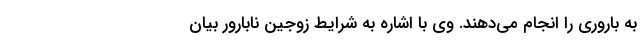
به باروری را انجام می‌دهند. وی با اشاره به شرایط زوجین نابارور بیان